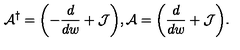
{ \cal A } ^ { \dagger } = \biggl ( - \frac { d } { d w } + { \cal J } \biggr ) , { \cal A } = \biggl ( \frac { d } { d w } + { \cal J } \biggr ) .